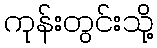
ကုန်းတွင်းသို့